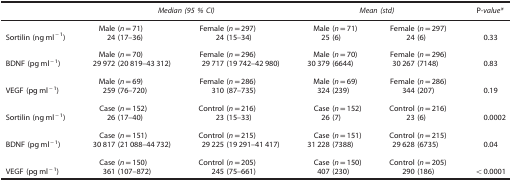
<table><thead><tr><td><b> </b></td><td colspan="2"><b><i>Median (95 % CI)</i></b></td><td colspan="2"><b><i>Mean (std)</i></b></td><td><b>P<i>-value*</i></b></td></tr></thead><tbody><tr><td> </td><td>Male (<i>n</i>=71)</td><td>Female (<i>n</i>=297)</td><td>Male (<i>n</i>=71)</td><td>Female (<i>n</i>=297)</td><td> </td></tr><tr><td>Sortilin (ng ml<sup>−1</sup>)</td><td>24 (17–36)</td><td>24 (15–34)</td><td>25 (6)</td><td>24 (6)</td><td>0.33</td></tr><tr><td> </td><td> </td><td> </td><td> </td><td> </td><td> </td></tr><tr><td> </td><td>Male (<i>n</i>=70)</td><td>Female (<i>n</i>=296)</td><td>Male (<i>n</i>=70)</td><td>Female (<i>n</i>=296)</td><td> </td></tr><tr><td>BDNF (pg ml<sup>−1</sup>)</td><td>29 972 (20 819–43 312)</td><td>29 717 (19 742–42 980)</td><td>30 379 (6644)</td><td>30 267 (7148)</td><td>0.83</td></tr><tr><td> </td><td> </td><td> </td><td> </td><td> </td><td> </td></tr><tr><td> </td><td>Male (<i>n</i>=69)</td><td>Female (<i>n</i>=286)</td><td>Male (<i>n</i>=69)</td><td>Female (<i>n</i>=286)</td><td> </td></tr><tr><td>VEGF (pg ml<sup>−1</sup>)</td><td>259 (76–720)</td><td>310 (87–735)</td><td>324 (239)</td><td>344 (207)</td><td>0.19</td></tr><tr><td> </td><td> </td><td> </td><td> </td><td> </td><td> </td></tr><tr><td> </td><td>Case (<i>n</i>=152)</td><td>Control (<i>n</i>=216)</td><td>Case (<i>n</i>=152)</td><td>Control (<i>n</i>=216)</td><td> </td></tr><tr><td>Sortilin (ng ml<sup>−1</sup>)</td><td>26 (17–40)</td><td>23 (15–33)</td><td>26 (7)</td><td>23 (6)</td><td>0.0002</td></tr><tr><td> </td><td> </td><td> </td><td> </td><td> </td><td> </td></tr><tr><td> </td><td>Case (<i>n</i>=151)</td><td>Control (<i>n</i>=215)</td><td>Case (<i>n</i>=151)</td><td>Control (<i>n</i>=215)</td><td> </td></tr><tr><td>BDNF (pg ml<sup>−1</sup>)</td><td>30 817 (21 088–44 732)</td><td>29 225 (19 291–41 417)</td><td>31 228 (7388)</td><td>29 628 (6735)</td><td>0.04</td></tr><tr><td> </td><td> </td><td> </td><td> </td><td> </td><td> </td></tr><tr><td> </td><td>Case (<i>n</i>=150)</td><td>Control (<i>n</i>=205)</td><td>Case (<i>n</i>=150)</td><td>Control (<i>n</i>=205)</td><td> </td></tr><tr><td>VEGF (pg ml<sup>−1</sup>)</td><td>361 (107–872)</td><td>245 (75–661)</td><td>407 (230)</td><td>290 (186)</td><td>&lt;0.0001</td></tr></tbody></table>